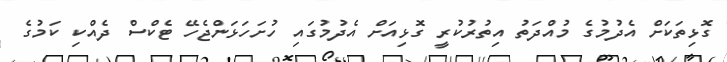
ގޮޅިތަކަށް އެދުމުގެ މުއްދަތު އިތުރުކުރީ ގޮޅިއަށް އެދުމުގައި ހުށަހަޅަންޖެހޭ ޓެކްސް ދެއްކި ކަމުގެ